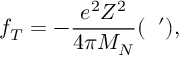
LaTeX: f _ { T } = - \frac { e ^ { 2 } Z ^ { 2 } } { 4 \pi M _ { N } } ( { \bf \epsilon } { \bf \epsilon } ^ { \prime } ) ,